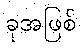
ခုအဖြစ်